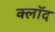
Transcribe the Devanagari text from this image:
क्लॉद